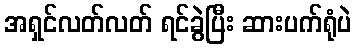
အရှင်လတ်လတ် ရင်ခွဲပြီး ဆားပက်ရုံပဲ